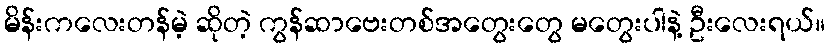
မိန်းကလေးတန်မဲ့ ဆိုတဲ့ ကွန်ဆာဗေးတစ်အတွေးတွေ မတွေးပါနဲ့ ဦးလေးရယ်။